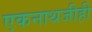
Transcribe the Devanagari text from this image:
एकनाथजीही